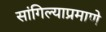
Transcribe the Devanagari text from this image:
सांगिल्याप्रमाणे